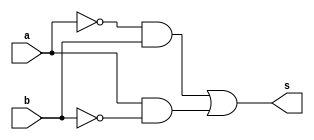
//-------------------------------
//Guia 01 .
//Larissa Fernades Leijoto-410476
//-------------------------------


//------------------------------
// --XOR gate----
//------------------------------

module xorgate (s,a,b);
output s;
input a,b;

assign s =  (~a&b | a&~b);

endmodule // xorgate

//-----------------------------
//--Teste XOR gate
//-----------------------------

module testandgate;
 reg   a, b;
 wire  s;
          // instancia
 xorgate XOR1 (s, a, b);
 
          // parte principal
 initial begin
      $display("Guia01/EXTRA2 - Larissa Fernandes Leijoto - 410476");
      $display("Test XOR gate");
      $display("\na ^ b  = s\n");
      a=0; b=0;
  #1  $display("%b ^ %b = %b", a, b, s);
      a=0; b=1;
  #1  $display("%b ^ %b = %b", a, b, s);
      a=1; b=0;
  #1  $display("%b ^ %b = %b", a, b, s);
      a=1; b=1;
  #1  $display("%b ^ %b = %b", a, b, s);
 
   end

endmodule // testxorgate